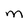
Character: M